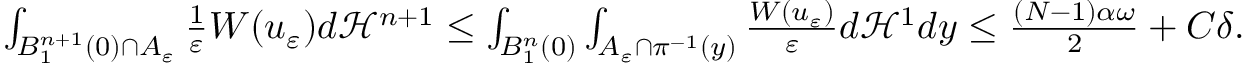
\begin{array} { r } { \int _ { B _ { 1 } ^ { n + 1 } ( 0 ) \cap A _ { \varepsilon } } \frac { 1 } { \varepsilon } W ( u _ { \varepsilon } ) d \mathcal H ^ { n + 1 } \leq \int _ { B _ { 1 } ^ { n } ( 0 ) } \int _ { A _ { \varepsilon } \cap \pi ^ { - 1 } ( y ) } \frac { W ( u _ { \varepsilon } ) } { \varepsilon } d \mathcal H ^ { 1 } d y \leq \frac { ( N - 1 ) \alpha \omega } { 2 } + C \delta . } \end{array}